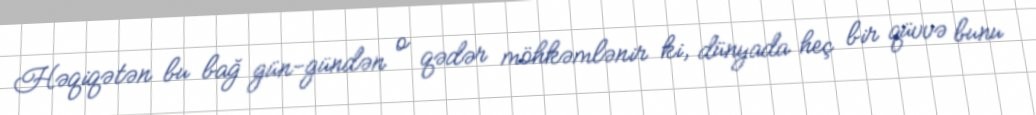
Həqiqətən bu bağ gün-gündən o qədər möhkəmlənir ki, dünyada heç bir qüvvə bunu